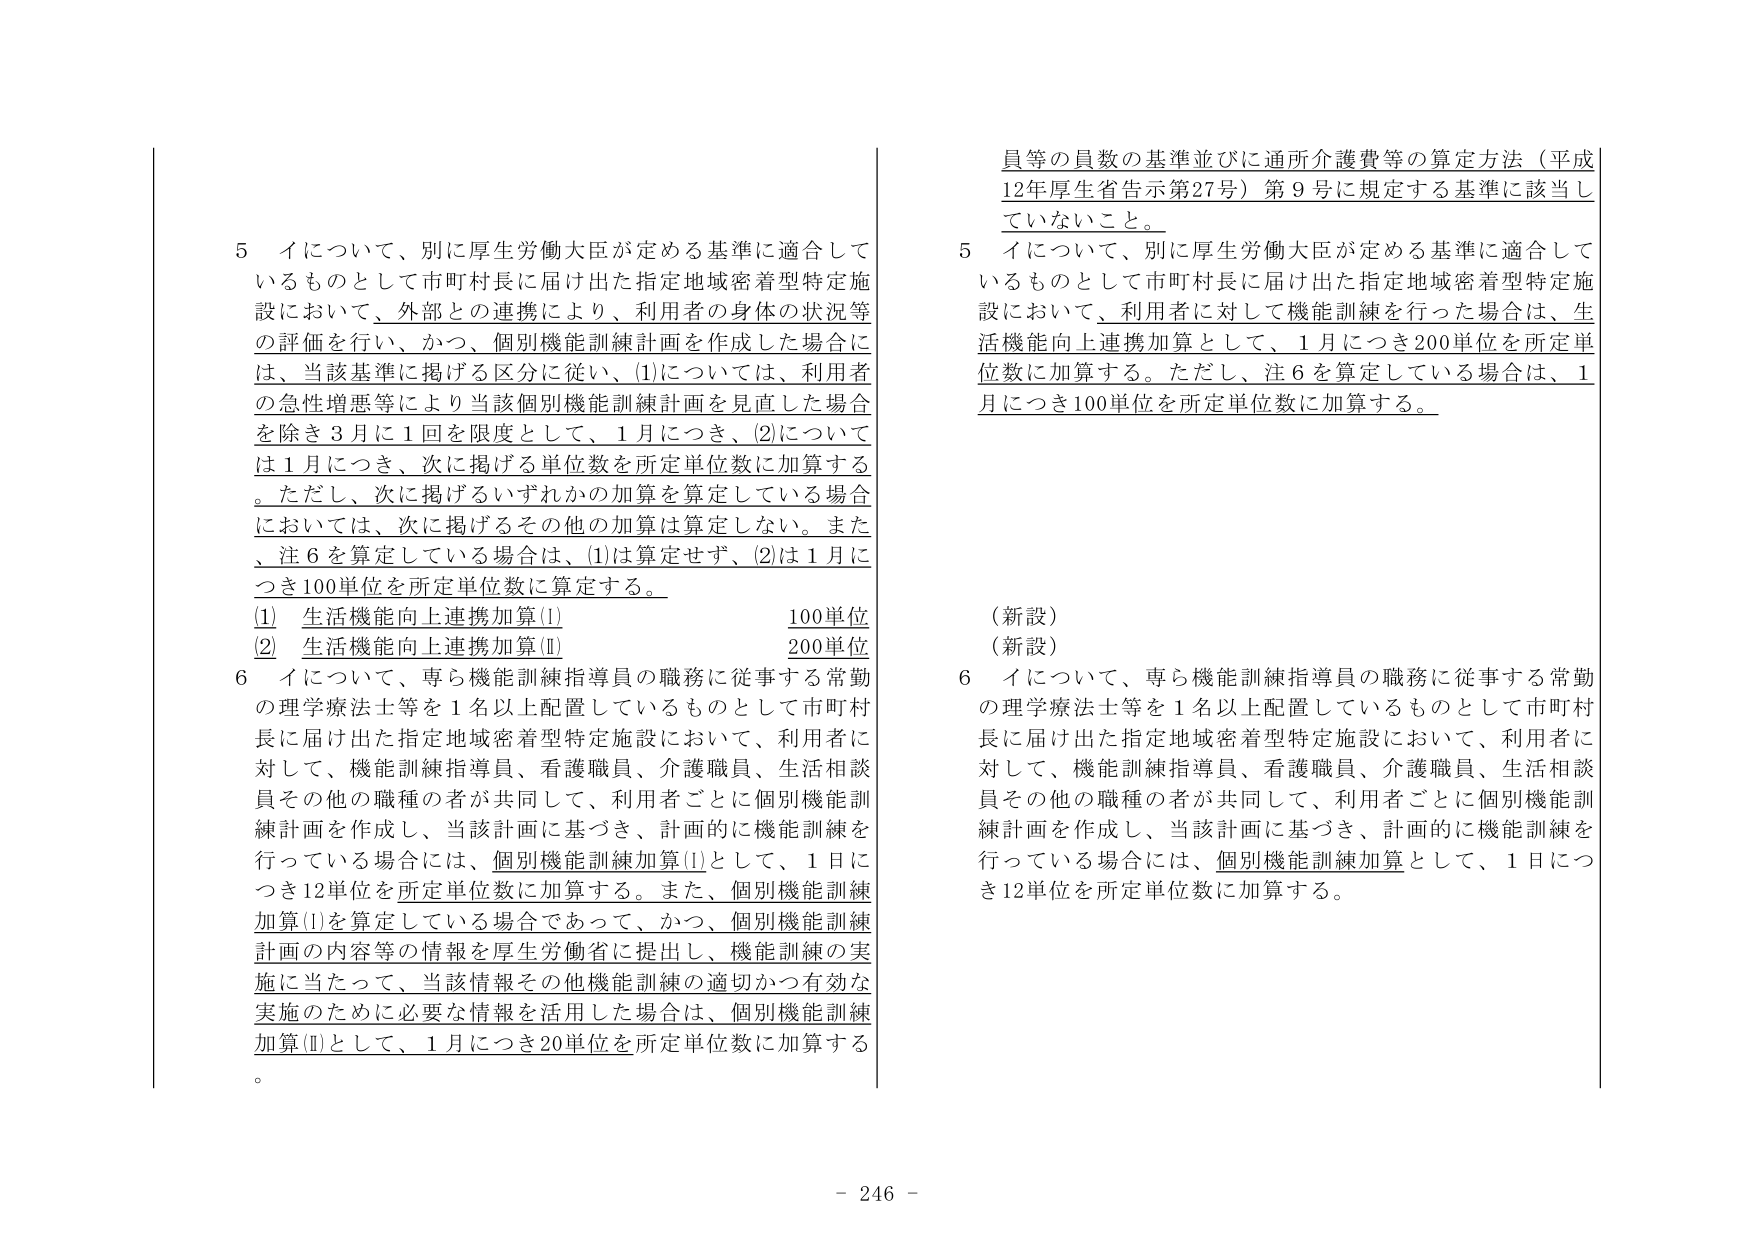
5 イについて、別に厚生労働大臣が定める基準に適合しているものとして市町村長に届け出た指定地域密着型特定施設において、外部との連携により、利用者の身体の状況等の評価を行い、かつ、個別機能訓練計画を作成した場合には、当該基準に掲げる区分に従い、(1)については、利用者の急性増悪等により当該個別機能訓練計画を見直した場合を除き3月に1回を限度として、1月につき、(2)については1月につき、次に掲げる単位数を所定単位数に加算する。ただし、次に掲げるいずれかの加算を算定している場合においては、次に掲げるその他の加算は算定しない。また、注6を算定している場合は、(1)は算定せず、(2)は1月につき100単位を所定単位数に算定する。

(1) 生活機能向上連携加算(Ⅰ) 100単位
(2) 生活機能向上連携加算(Ⅱ) 200単位

6 イについて、専ら機能訓練指導員の職務に従事する常勤の理学療法士等を1名以上配置しているものとして市町村長に届け出た指定地域密着型特定施設において、利用者に対して、機能訓練指導員、看護職員、介護職員、生活相談員その他の職種の者が共同して、利用者ごとに個別機能訓練計画を作成し、当該計画に基づき、計画的に機能訓練を行っている場合には、個別機能訓練加算(Ⅰ)として、1日につき12単位を所定単位数に加算する。また、個別機能訓練加算(Ⅰ)を算定している場合であって、かつ、個別機能訓練計画の内容等の情報を厚生労働省に提出し、機能訓練の実施に当たって、当該情報その他機能訓練の適切かつ有効な実施のために必要な情報を活用した場合は、個別機能訓練加算(Ⅱ)として、1月につき20単位を所定単位数に加算する。

員等の員数の基準並びに通所介護費等の算定方法（平成12年厚生省告示第27号）第9号に規定する基準に該当していないこと。

5 イについて、別に厚生労働大臣が定める基準に適合しているものとして市町村長に届け出た指定地域密着型特定施設において、利用者に対して機能訓練を行った場合は、生活機能向上連携加算として、1月につき200単位を所定単位数に加算する。ただし、注6を算定している場合は、1月につき100単位を所定単位数に加算する。

（新設）
（新設）

6 イについて、専ら機能訓練指導員の職務に従事する常勤の理学療法士等を1名以上配置しているものとして市町村長に届け出た指定地域密着型特定施設において、利用者に対して、機能訓練指導員、看護職員、介護職員、生活相談員その他の職種の者が共同して、利用者ごとに個別機能訓練計画を作成し、当該計画に基づき、計画的に機能訓練を行っている場合には、個別機能訓練加算として、1日につき12単位を所定単位数に加算する。

- 246 -